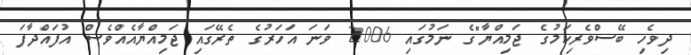
ދިވެހި ބޭސްވެރިކަމުގެ ޖަމިއްޔާ"ގެ ނަމުގައި 2006 ވަނަ އަހަރުގެ ތެރޭގައި ޖަމިއްޔާއެއްވެސް އުފައްދާފަ